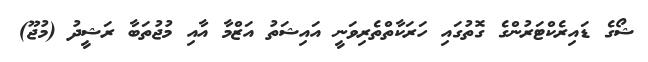
ޝޯގެ ޑައިރެކްޓަރުންގެ ގޮތުގައި ހަރަކާތްތެރިވަނީ އައިޝަތު އަޒްމާ އާއި މުޖުތަބާ ރަޝީދު (މުޖޫ)